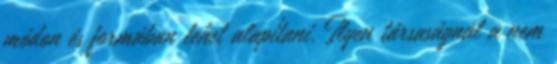
módon és formában lehet alapítani. Ilyen társaságnál a nem